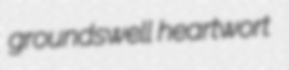
groundswell heartwort